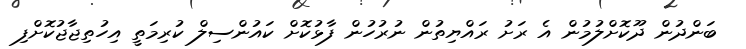
ބަންދުން ދޫކޮށްލުމުން އެ ރަށު ރައްޔިތުން ނުރުހުން ފާޅުކޮށް ކައުންސިލް ކުރިމަތީ އިހުތިޖާޖުކޮށްފި